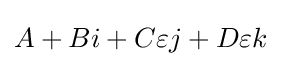
{\textstyle A+Bi+C\varepsilon j+D\varepsilon k}